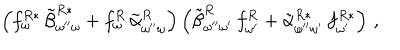
\left( f _ { \omega } ^ { R * } \, \tilde { \beta } _ { \omega ^ { \prime \prime } \omega } ^ { R * } + f _ { \omega } ^ { R } \, \tilde { \alpha } _ { \omega ^ { \prime \prime } \omega } ^ { R } \right) \left( \tilde { \beta } _ { \omega ^ { \prime \prime } \omega ^ { \prime } } ^ { R } \, f _ { \omega ^ { \prime } } ^ { R } + \tilde { \alpha } _ { \omega ^ { \prime \prime } \omega ^ { \prime } } ^ { R * } \, f _ { \omega ^ { \prime } } ^ { R * } \right) \, ,